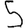
Digit: 5